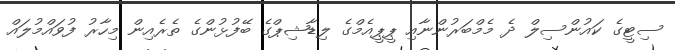
ސިޓީގެ ކައުންސިލް ދެ މެމްބަރުންނާއި ޕީޕީއެމްގެ ލިޑާޝިޕްގެ ބޭފުޅުންގެ ތެރެއިން މިހާރު ފުވައްމުލައް